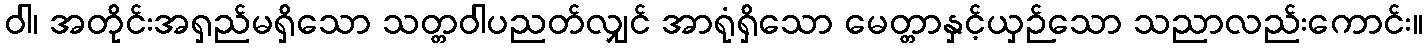
ဝါ၊ အတိုင်းအရှည်မရှိသော သတ္တဝါပညတ်လျှင် အာရုံရှိသော မေတ္တာနှင့်ယှဉ်သော သညာလည်းကောင်း။